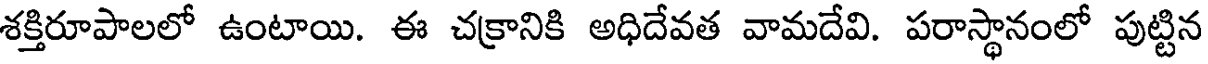
శక్తిరూపాలలో ఉంటాయి. ఈ చక్రానికి అధిదేవత వామదేవి. పరాస్థానంలో పుట్టిన